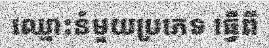
ឈ្មោះនំមួយប្រភេទ ធ្វើពី